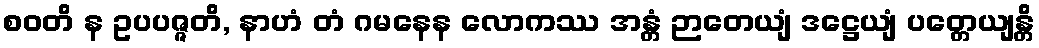
စဝတိ န ဥပပဇ္ဇတိ, နာဟံ တံ ဂမနေန လောကဿ အန္တံ ဉာတေယျံ ဒဋ္ဌေယျံ ပတ္တေယျန္တိ